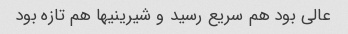
عالی بود هم سریع رسید و شیرینیها هم تازه بود